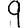
Digit: 9